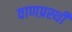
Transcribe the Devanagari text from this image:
वाणप्रस्थी